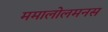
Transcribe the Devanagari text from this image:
ममालोलमनस